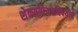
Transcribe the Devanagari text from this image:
शेक्सपिअरविषयीचे